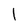
Character: l